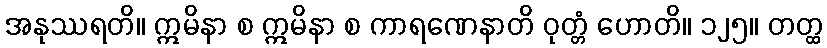
အနုဿရတိ။ ဣမိနာ စ ဣမိနာ စ ကာရဏေနာတိ ဝုတ္တံ ဟောတိ။ ၁၂၅။ တတ္ထ